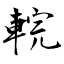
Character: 輐